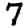
Digit: 7